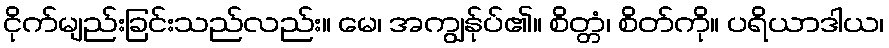
ငိုက်မျည်းခြင်းသည်လည်း။ မေ၊ အကျွန်ုပ်၏။ စိတ္တံ၊ စိတ်ကို။ ပရိယာဒါယ၊